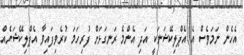
އެހެން ނަމަވެސް އެ އެޕްލިކޭޝަނަކީ އަދި އެންމެ ރަނގަޅަށް ފުރިހަމަ ކުރެވިފައިވާ އެޕްލިކޭޝަނެއް